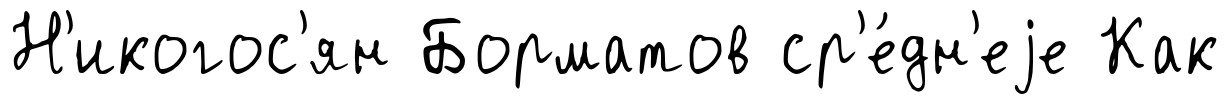
Н'икогос'ян Борматов ср'е́дн'еjе Как